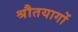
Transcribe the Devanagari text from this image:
श्रौतयागों